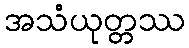
အသံယုတ္တဿ